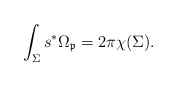
\begin{align*}\int_{\Sigma}s^*\Omega_\mathfrak{p}=2\pi\chi(\Sigma). \end{align*}